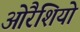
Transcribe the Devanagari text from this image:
ओरैशियो